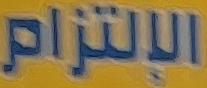
الإلتزام